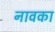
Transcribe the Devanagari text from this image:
नावका